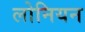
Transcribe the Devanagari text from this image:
लोनियन